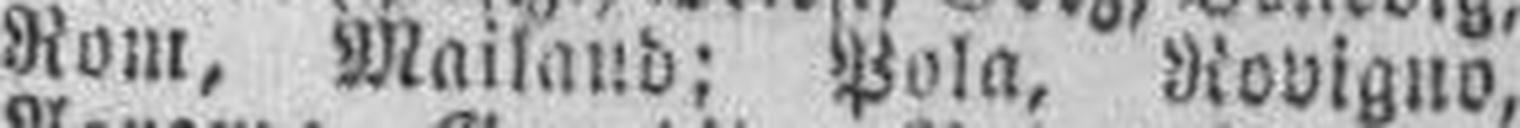
Rom, Mailand; Pola, Rovigno,